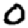
Digit: 0